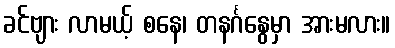
ခင်ဗျား လာမယ့် စနေ၊ တနင်္ဂနွေမှာ အားမလား။